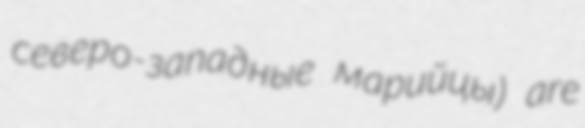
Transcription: северо-западные марийцы) are